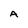
Character: A